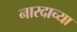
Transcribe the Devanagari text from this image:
नारदाच्या